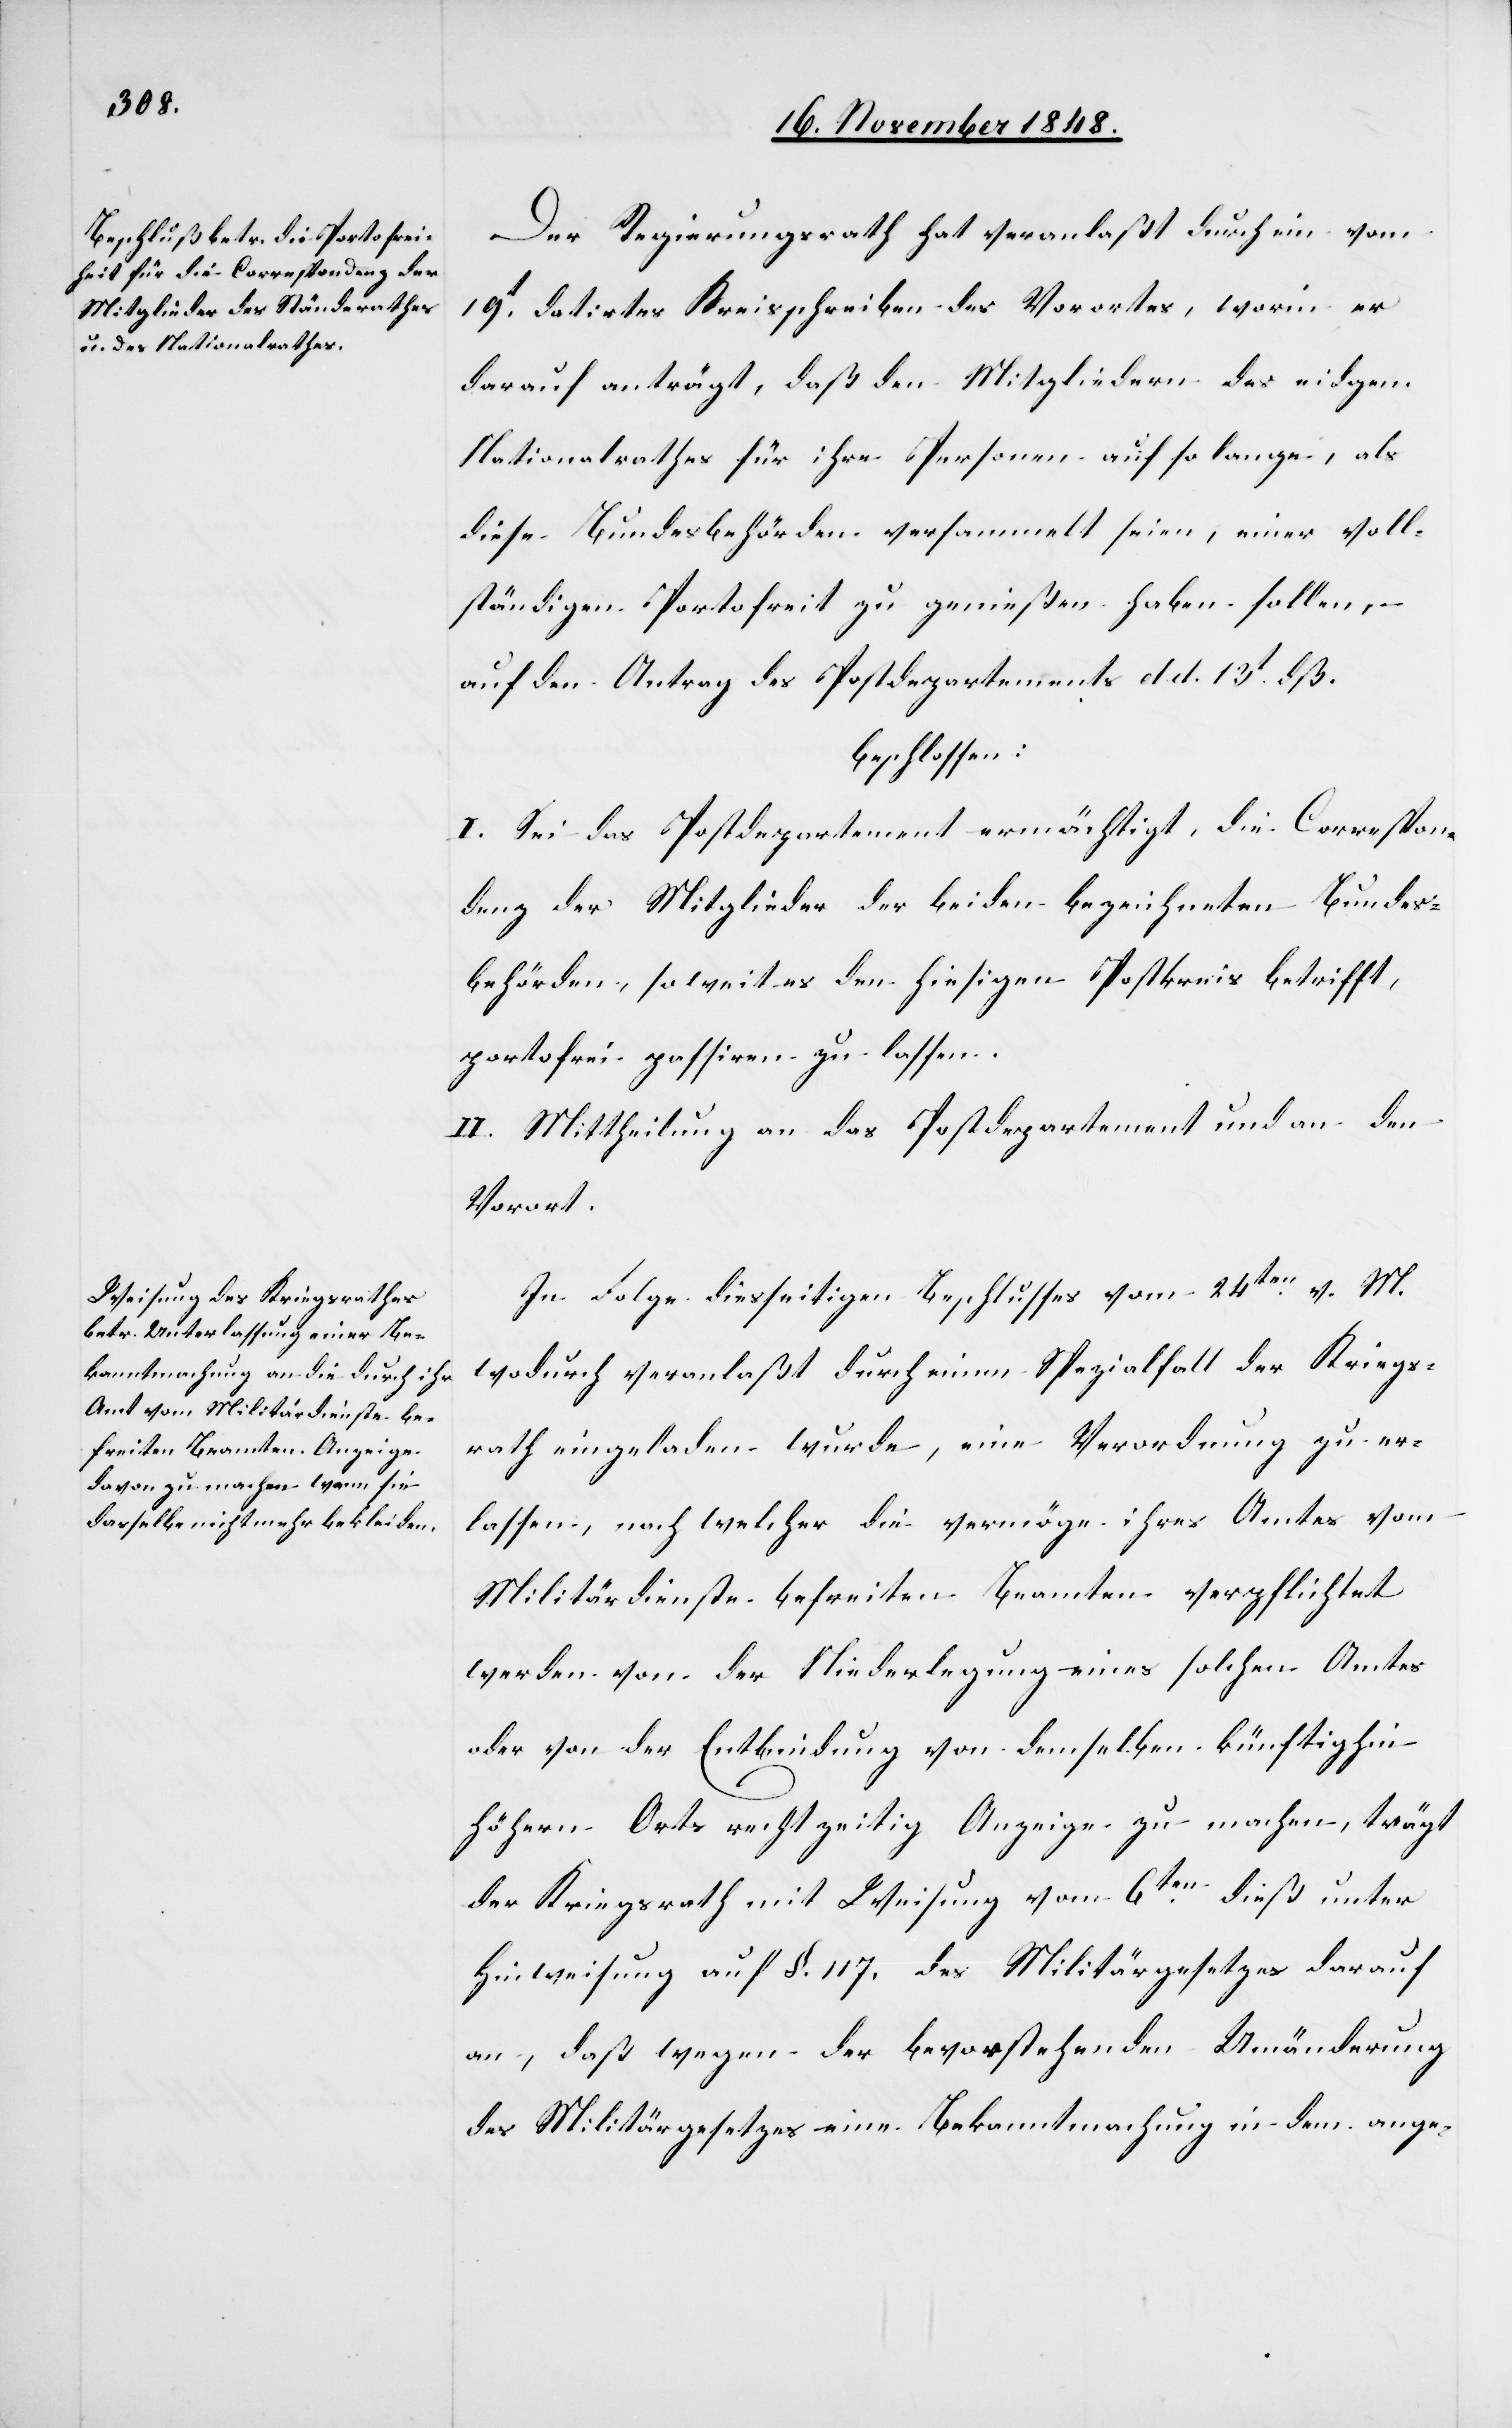
Der Regierungsrath hat veranlaßt durch ein vom
19t datirtes Kreisschreiben des Vorortes, worin der
darauf anträgt, daß den Mitgliedern des eidgen.
Nationalrathes für ihre Personen auf so lange, als
diese Bundesbehörden versammelt seien, einer voll¬
ständigen Portofrei[hei]t zu genießen haben sollen,
auf den Antrag des Postdepartements d. d. 13t dß.
beschlossen:
I. Sei das Postdepartement ermächtigt, die Correspon¬
denz der Mitglieder der beiden bezeichneten Bundes¬
behörden, so weit es den hiesigen Postkreis betrifft,
portofrei passiren zu lassen.
II. Mittheilung an das Postdepartement und an den
Vorort.
In Folge diesseitigen Beschlusses vom 24ten v. M.
wodurch veranlaßt durch einen Spezialfall der Kriegs¬
rath eingeladen wurde, eine Verordnung zu er¬
lassen, nach welcher die vermöge ihres Amtes vom
Militärdienste befreiten Beamten verpflichtet
werden von der Niederlegung eines solchen Amtes
oder von der Entbindung von demselben künftig hin
höhern Orts rechtzeitig Anzeige zu machen, trägt
der Kriegsrath mit Weisung vom 6ten dieß unter
Hinweisung auf §. 117. des Militärgesetzes darauf
an, daß wegen der bevorstehenden Umänderung
des Militärgesetzes eine Bekanntmachung in dem ange-